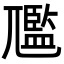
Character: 尶